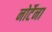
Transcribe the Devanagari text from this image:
नोर्टेना